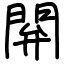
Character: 閞